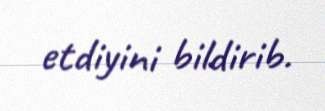
etdiyini bildirib.